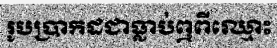
រូបប្រាកដជាធ្លាប់ឮពីឈ្មោះ